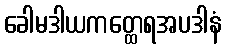
ခေါမဒါယကတ္ထေရအပဒါနံ